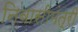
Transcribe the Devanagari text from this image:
निवासीमंत्री